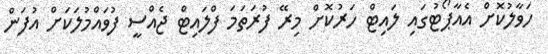
ހަވާލުކޮށް އެއާޕޯޓުގައި ލައިޓް ހަރުކޮށް މިރޭ ފުރަތަމަ ފްލައިޓް ޖެއްސީ ފުވައްމުލަކަށް އުފަން